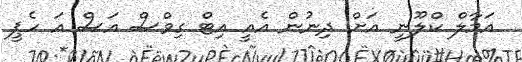
އަމާލް ކްލޫނީ އަށް ދިނުން އެއީ އިޓް ގިވްސް އަސް އަ ހެޕީ